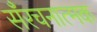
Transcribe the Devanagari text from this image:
सँरचनात्मक